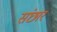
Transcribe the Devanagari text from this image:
संछार